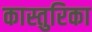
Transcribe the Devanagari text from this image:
कास्तुरिका